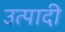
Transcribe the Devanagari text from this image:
उत्पादी